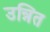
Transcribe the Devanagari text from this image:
उन्नित